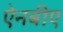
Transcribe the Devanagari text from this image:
ऐनबीए